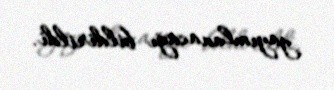
yayımlanacağı bildirildi.